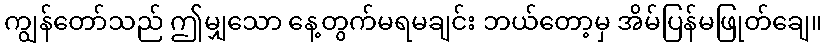
ကျွန်တော်သည် ဤမျှသော နေ့တွက်မရမချင်း ဘယ်တော့မှ အိမ်ပြန်မဖြုတ်ချေ။